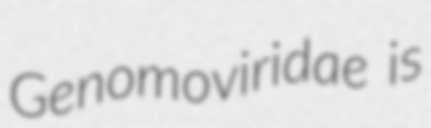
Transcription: Genomoviridae is